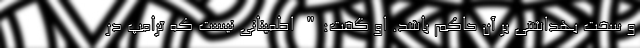
و سخت بهداشتی بر آن حاکم باشد. او گفت:" اطمینانی نیست که ترامپ در